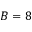
B = 8